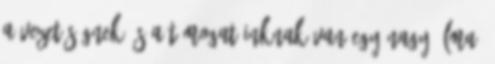
a vezetőségnek és a támogatóinknak van egy nagy álma,